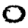
Digit: 0